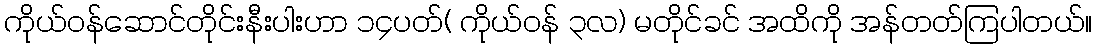
ကိုယ်ဝန်ဆောင်တိုင်းနီးပါးဟာ ၁၄ပတ်( ကိုယ်ဝန် ၃လ) မတိုင်ခင် အထိကို အန်တတ်ကြပါတယ်။